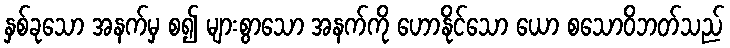
နှစ်ခုသော အနက်မှ စ၍ များစွာသော အနက်ကို ဟောနိုင်သော ယော စသောဝိဘတ်သည်